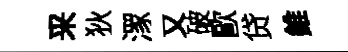
采狄潈又破歐贷錐